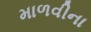
માળવીના